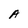
Character: A